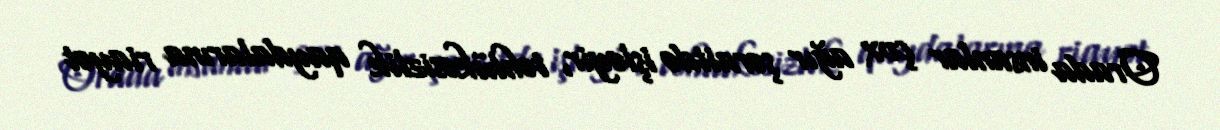
Orada insanlar çox ağır şəraitdə işləyir, təhlükəsizlik qaydalarına riayət